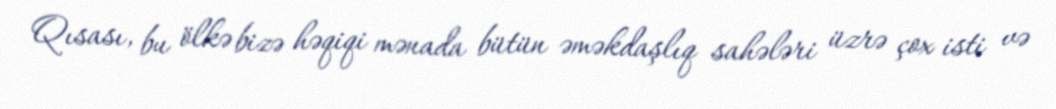
Qısası, bu ölkə bizə həqiqi mənada bütün əməkdaşlıq sahələri üzrə çox isti və